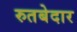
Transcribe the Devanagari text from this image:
रुतबेदार